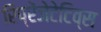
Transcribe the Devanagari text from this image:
रिप्रेंजेटेटिव्स